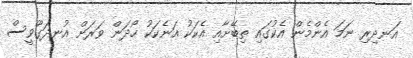
އަނދިރި ނަމަ އެންމެން އެކުގައި ތިބޭށާއި އެކަކު އަނެކަކު ހޯދަން ވަރަށް އުނދަގޫވީސް